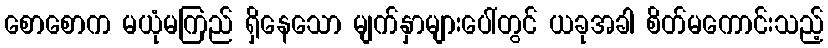
စောစောက မယုံမကြည် ရှိနေသော မျက်နှာများပေါ်တွင် ယခုအခါ စိတ်မကောင်းသည့်